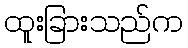
ထူးခြားသည်က